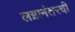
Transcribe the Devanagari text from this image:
लग्नानंतरची